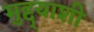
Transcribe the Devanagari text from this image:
मुद्द्याशी